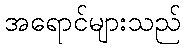
အရောင်များသည်